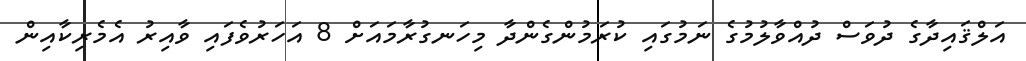
އަލްޤައިދާގެ ދުވަސް ދުއްވާލުމުގެ ނަމުގައި ކުރަމުންގެންދާ މިހަނގުރާމައަށް 8 އަހަރުވެފައި ވާއިރު އެމެރިކާއިން